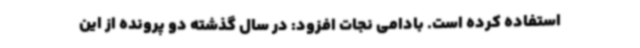
استفاده کرده است. بادامی نجات افزود: در سال گذشته دو پرونده از این